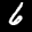
Label: 6